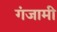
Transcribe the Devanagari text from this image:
गंजामी